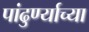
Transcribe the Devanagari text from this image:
पांढुर्ण्याच्या